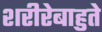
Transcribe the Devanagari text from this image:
शरीरेबाहुते